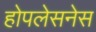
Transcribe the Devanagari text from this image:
होपलेसनेस